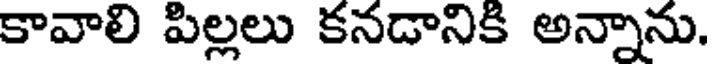
కావాలి పిల్లలు కనడానికి అన్నాను.